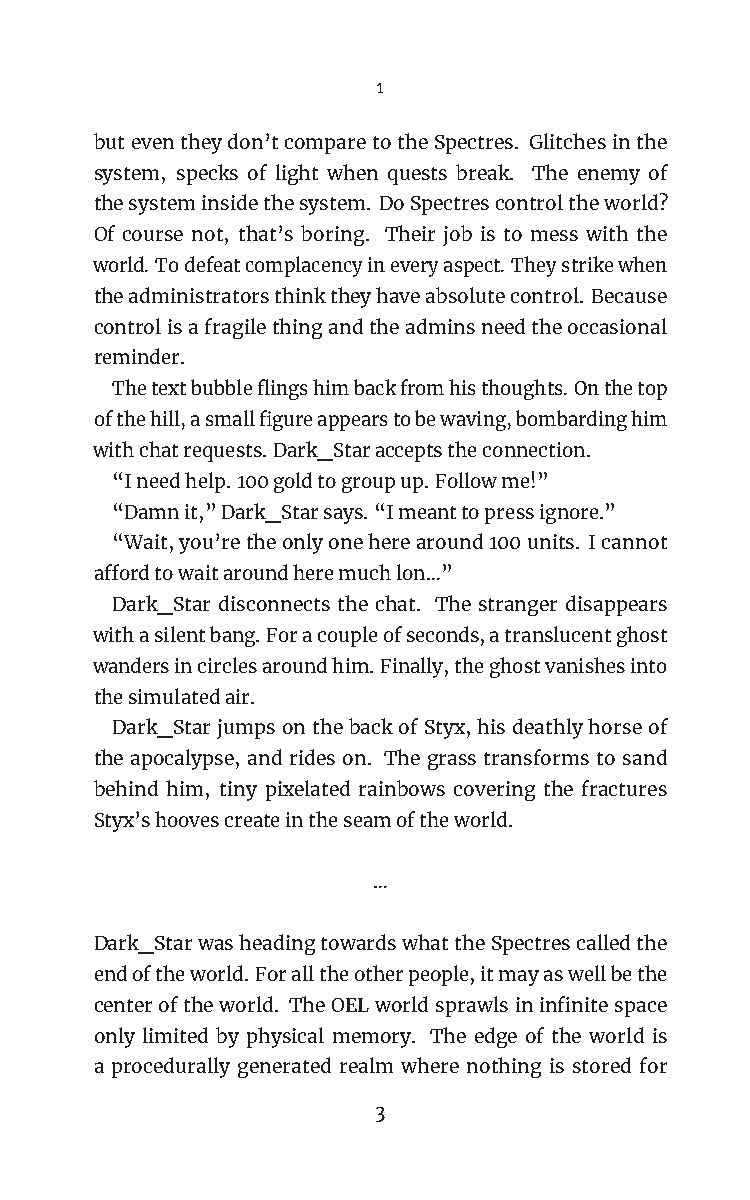
1
 buteventheydon’tcomparetotheSpectres. Glitchesinthe
 system, specks of light when quests break. The enemy of
 thesysteminsidethesystem. DoSpectrescontroltheworld?
 Of course not, that’s boring. Their job is to mess with the
 world.Todefeatcomplacencyineveryaspect.Theystrikewhen
 theadministratorsthinktheyhaveabsolutecontrol. Because
 controlisafragilethingandtheadminsneedtheoccasional
 reminder.
 Thetextbubbleflingshimbackfromhisthoughts.Onthetop
 ofthehill,asmallfigureappearstobewaving,bombardinghim
 withchatrequests.Dark_Staracceptstheconnection.
 “Ineedhelp.100goldtogroupup.Followme!”
 “Damnit,”Dark_Starsays.“Imeanttopressignore.”
 “Wait,you’retheonlyoneherearound100units. Icannot
 affordtowaitaroundheremuchlon…”
 Dark_Star disconnects the chat. The stranger disappears
 withasilentbang.Foracoupleofseconds,atranslucentghost
 wandersincirclesaroundhim.Finally,theghostvanishesinto
 thesimulatedair.
 Dark_StarjumpsonthebackofStyx, hisdeathlyhorseof
 the apocalypse, and rides on. The grass transforms to sand
 behind him, tiny pixelated rainbows covering the fractures
 Styx’shoovescreateintheseamoftheworld.
 …
 Dark_StarwasheadingtowardswhattheSpectrescalledthe
 endoftheworld.Foralltheotherpeople,itmayaswellbethe
 centeroftheworld. TheOELworldsprawlsininfinitespace
 only limited by physical memory. The edge of the world is
 a procedurally generated realm where nothing is stored for
 3